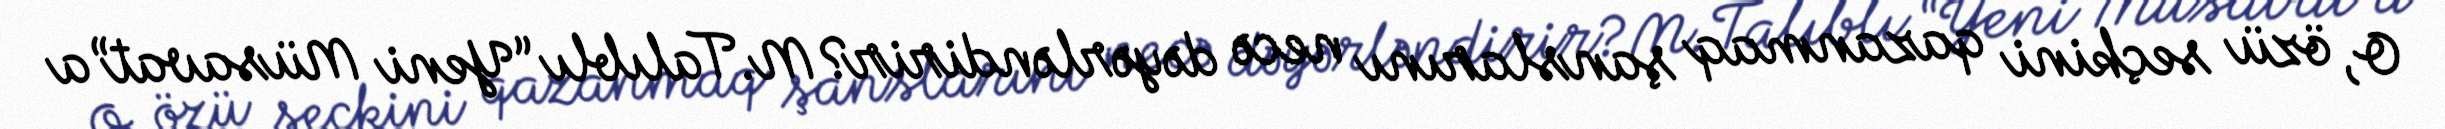
O, özü seçkini qazanmaq şanslarını necə dəyərləndirir?M.Talıblı “Yeni Müsavat”a